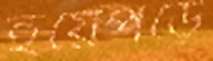
হয়েপড়ে